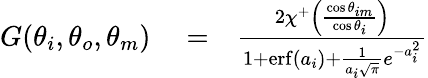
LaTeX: \begin{array}{rlr}{G(\theta_{i},\theta_{o},\theta_{m})}&{{}=}&{\frac{2\chi^{+}\left(\frac{\cos\theta_{im}}{\cos\theta_{i}}\right)}{1+\mathrm{erf}(a_{i})+\frac{1}{a_{i}\sqrt{\pi}}e^{-a_{i}^{2}}}}\end{array}